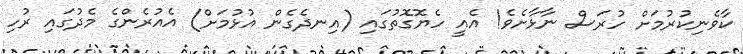
ކާވެނިކުރުމަށް ހުރަސް ނާޅާށެވެ! އެއީ ހެޔޮގޮތުގައި (އިނދެގެން އުޅުމަށް) އެއުރެންގެ މެދުގައި ރުހި